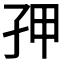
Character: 𭒾